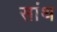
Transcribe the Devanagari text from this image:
सांथ